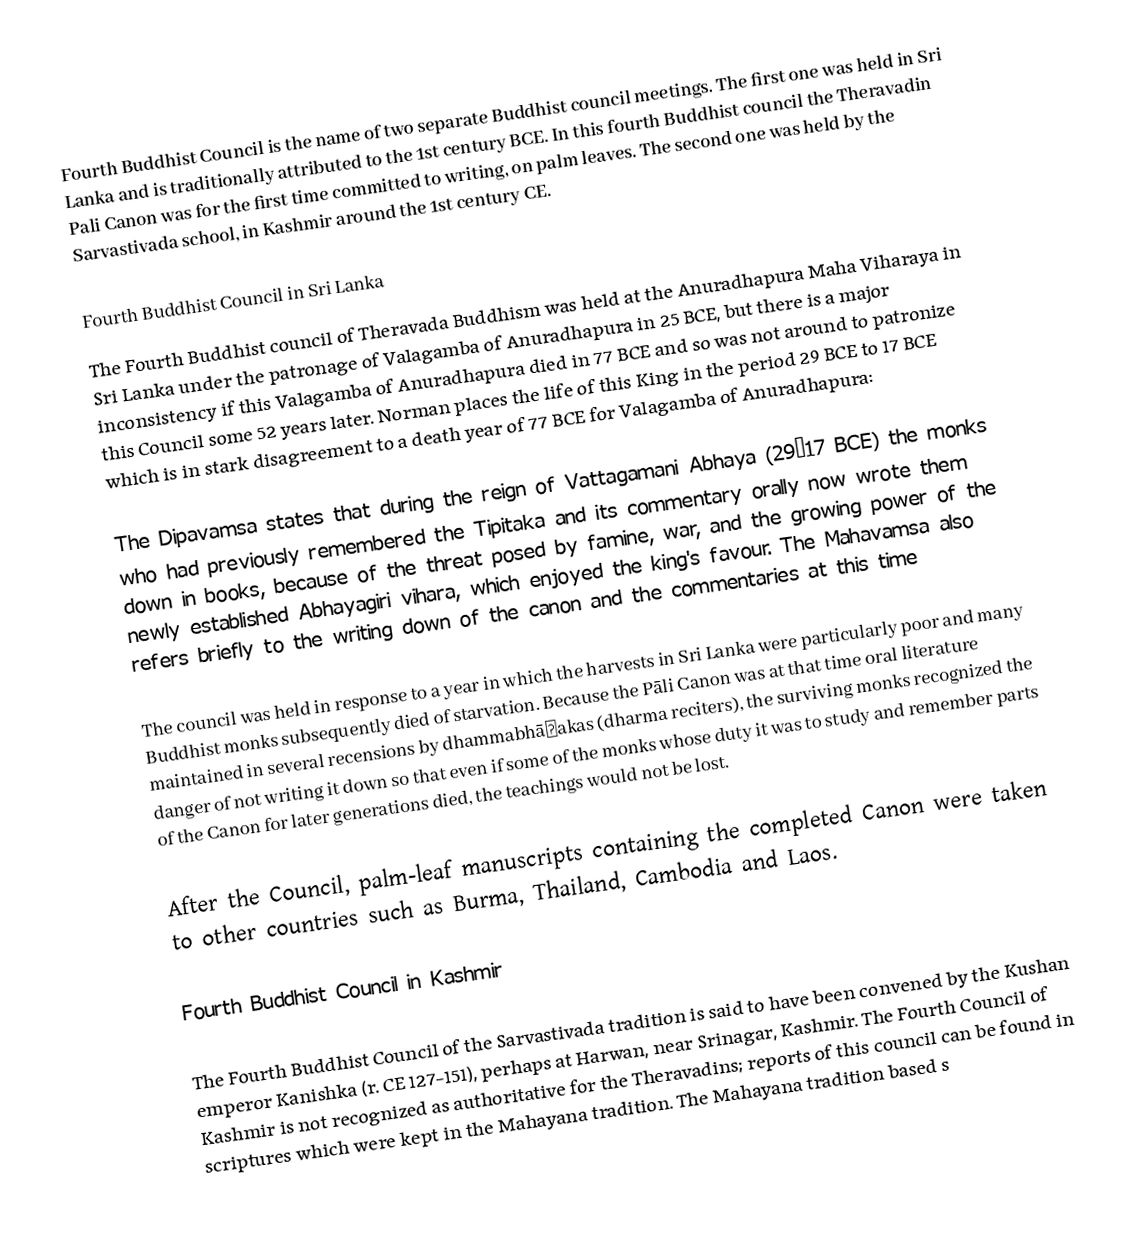
Fourth Buddhist Council is the name of two separate Buddhist council meetings. The first one was held in Sri Lanka and is traditionally attributed to the 1st century BCE. In this fourth Buddhist council the Theravadin Pali Canon was for the first time committed to writing, on palm leaves. The second one was held by the Sarvastivada school, in Kashmir around the 1st century CE.

Fourth Buddhist Council in Sri Lanka
The Fourth Buddhist council of Theravada Buddhism was held at the Anuradhapura Maha Viharaya in Sri Lanka under the patronage of Valagamba of Anuradhapura in 25 BCE, but there is a major inconsistency if this Valagamba of Anuradhapura died in 77 BCE and so was not around to patronize this Council some 52 years later. Norman places the life of this King in the period 29 BCE to 17 BCE which is in stark disagreement to a death year of 77 BCE for Valagamba of Anuradhapura:

The Dipavamsa states that during the reign of Vattagamani Abhaya (29–17 BCE) the monks who had previously remembered the Tipitaka and its commentary orally now wrote them down in books, because of the threat posed by famine, war, and the growing power of the newly established Abhayagiri vihara, which enjoyed the king's favour. The Mahavamsa also refers briefly to the writing down of the canon and the commentaries at this time

The council was held in response to a year in which the harvests in Sri Lanka were particularly poor and many Buddhist monks subsequently died of starvation. Because the Pāli Canon was at that time oral literature maintained in several recensions by dhammabhāṇakas (dharma reciters), the surviving monks recognized the danger of not writing it down so that even if some of the monks whose duty it was to study and remember parts of the Canon for later generations died, the teachings would not be lost.

After the Council, palm-leaf manuscripts containing the completed Canon were taken to other countries such as Burma, Thailand, Cambodia and Laos.

Fourth Buddhist Council in Kashmir

The Fourth Buddhist Council of the Sarvastivada tradition is said to have been convened by the Kushan emperor Kanishka (r. CE 127-151), perhaps at Harwan, near Srinagar, Kashmir. The Fourth Council of Kashmir is not recognized as authoritative for the Theravadins; reports of this council can be found in scriptures which were kept in the Mahayana tradition. The Mahayana tradition based s